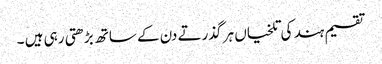
تقسیم ہند کی تلخیاں ہر گذرتے دن کے ساتھ بڑھتی رہی ہیں ۔